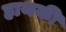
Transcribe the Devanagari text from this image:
हाथकी